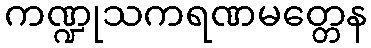
ကဏ္ဍုသကရဏမတ္တေန